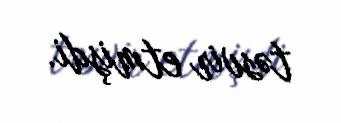
təsvir etmişdi.